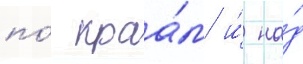
по́ краа́м и́ на́д